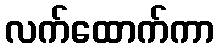
လက်ထောက်ကာ